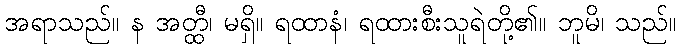
အရာသည်။ န အတ္ထီ၊ မရှိ။ ရထာနံ၊ ရထားစီးသူရဲတို့၏။ ဘူမိ၊ သည်။